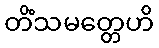
တိံသမတ္တေဟိ